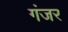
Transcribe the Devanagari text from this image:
गंजर